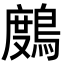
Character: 𪃒